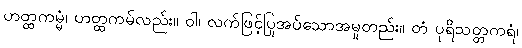
ဟတ္ထကမ္မံ၊ ဟတ္ထကမ်လည်း။ ဝါ၊ လက်ဖြင့်ပြုအပ်သောအမှုတည်း။ တံ ပုရိသတ္တကရံ၊